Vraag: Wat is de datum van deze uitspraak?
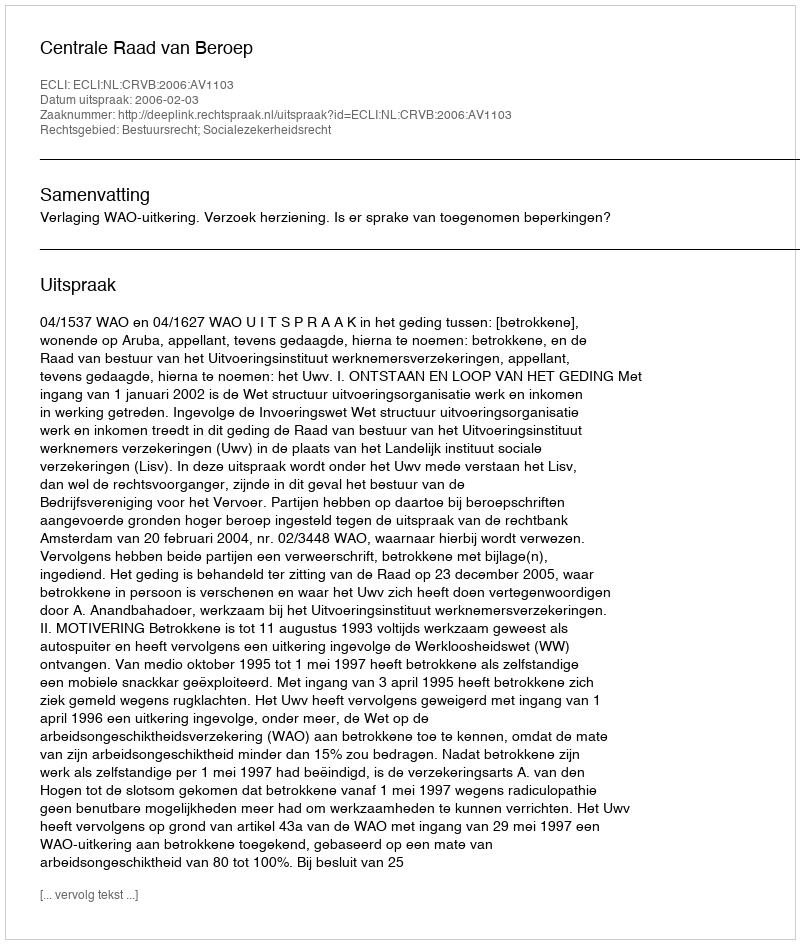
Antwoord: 2006-02-03